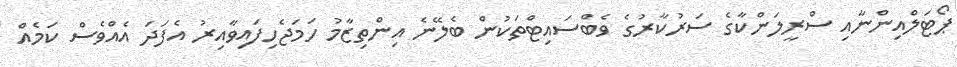
ޕޯޓަލްއިންނާއި ސްރީލަންކާގެ ސަރުކާރުގެ ވެބްސައިޓްތަކުން ބެލޭނެ އިންތިޒާމު ހަމަޖެހިފައިވާއިރު އެފަދަ އެއްވެސް ކަމެއް